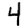
Digit: 4